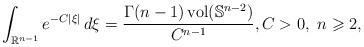
LaTeX: \begin{align*} \int_{\mathbb{R}^{n-1}}e^{-C|\xi|}\,d\xi = \frac{\Gamma(n-1)\operatorname{vol}(\mathbb{S}^{n-2})}{C^{n-1}},C>0,\ n\geqslant 2,\end{align*}